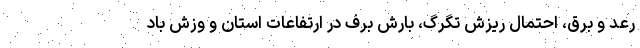
رعد و برق، احتمال ریزش تگرگ، بارش برف در ارتفاعات استان و وزش باد